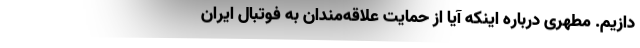
دازیم. مطهری درباره اینکه آیا از حمایت علاقه‌مندان به فوتبال ایران